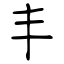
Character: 丰